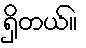
ရှိတယ်။